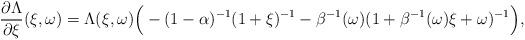
LaTeX: \begin{align*}\frac{\partial\Lambda}{\partial\xi}(\xi,\omega) = \Lambda(\xi,\omega) \Big(-(1-\alpha)^{-1}(1+\xi)^{-1}-\beta^{-1}(\omega)(1+\beta^{-1}(\omega)\xi+\omega)^{-1}\Big),\end{align*}